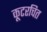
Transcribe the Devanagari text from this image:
कूटरचित